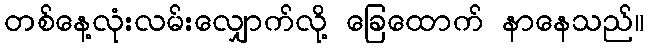
တစ်နေ့လုံးလမ်းလျှောက်လို့ ခြေထောက် နာနေသည်။